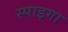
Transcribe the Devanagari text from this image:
स्पाइगा